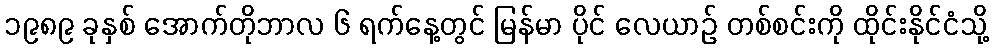
၁၉၈၉ ခုနှစ် အောက်တိုဘာလ ၆ ရက်နေ့တွင် မြန်မာ ပိုင် လေယာဉ် တစ်စင်းကို ထိုင်းနိုင်ငံသို့